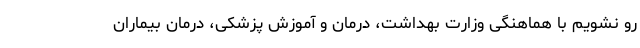
رو نشویم با هماهنگی وزارت بهداشت، درمان و آموزش پزشکی، درمان بیماران